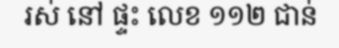
រស់ នៅ ផ្ទះ លេខ ១១២ ជាន់